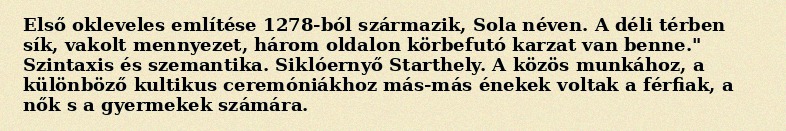
Első okleveles említése 1278-ból származik, Sola néven. A déli térben sík, vakolt mennyezet, három oldalon körbefutó karzat van benne." Szintaxis és szemantika. Siklóernyő Starthely. A közös munkához, a különböző kultikus ceremóniákhoz más-más énekek voltak a férfiak, a nők s a gyermekek számára.